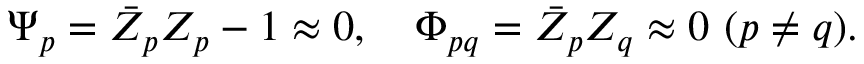
\Psi _ { p } = \bar { Z } _ { p } Z _ { p } - 1 \approx 0 , \quad \Phi _ { p q } = \bar { Z } _ { p } Z _ { q } \approx 0 \ ( p \neq q ) .